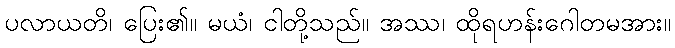
ပလာယတိ၊ ပြေး၏။ မယံ၊ ငါတို့သည်။ အဿ၊ ထိုရဟန်းဂေါတမအား။